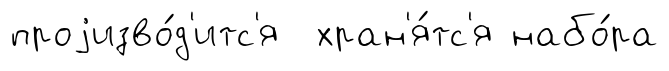
проjизво́д'итс'я хран'я́тс'я набо́ра